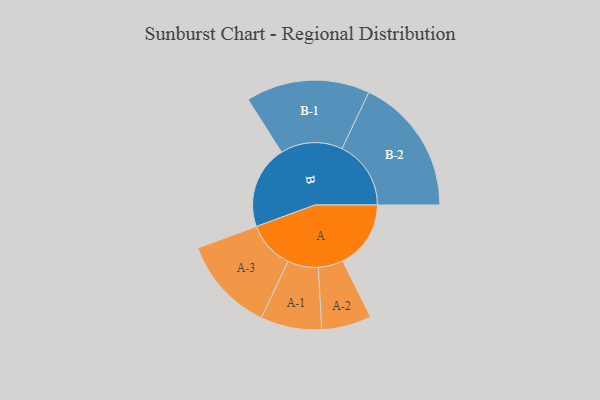
{"axis": {"x": "Segment", "y": "Value"}, "legend": ["", "A", "B"], "data": [{"x": "A", "y": 292, "type": ""}, {"x": "B", "y": 357, "type": ""}, {"x": "A-1", "y": 131, "type": "A"}, {"x": "A-2", "y": 107, "type": "A"}, {"x": "A-3", "y": 204, "type": "A"}, {"x": "B-1", "y": 266, "type": "B"}, {"x": "B-2", "y": 296, "type": "B"}]}